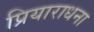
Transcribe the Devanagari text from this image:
प्रियाराधना